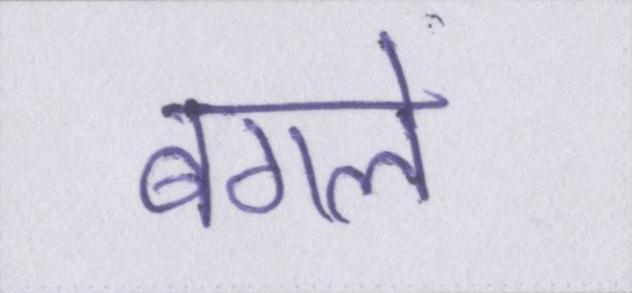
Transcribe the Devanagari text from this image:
बगले